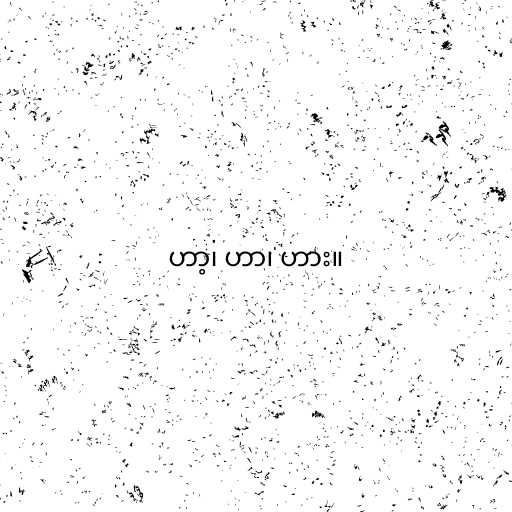
ဟာ့၊ ဟာ၊ ဟား။